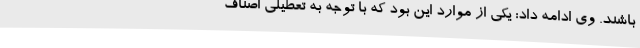
باشند. وی ادامه داد: یکی از موارد این بود که با توجه به تعطیلی اصناف